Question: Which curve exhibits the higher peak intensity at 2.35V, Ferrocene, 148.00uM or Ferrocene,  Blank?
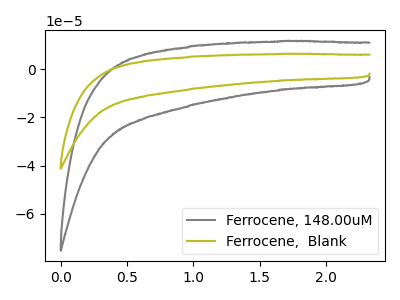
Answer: <think>The gray curve "Ferrocene, 148.00uM" has no peaks. The olive curve "Ferrocene,  Blank" has no peaks.</think>
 <answer>"Ferrocene, 148.00uM" and "Ferrocene,  Blank" dont share a peak at 2.35V.</answer>
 <eval>mismatch</eval>